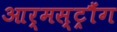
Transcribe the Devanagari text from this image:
आर्मस्ट्रौंग